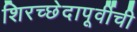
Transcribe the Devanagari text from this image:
शिरच्छेदापूर्वीची